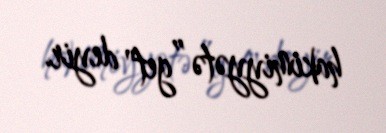
hakimiyyətə ”get" deyir.